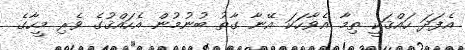
އެފަދަ ހައްޤަކީ ތިމާ އެވާހަކަ އޭނާ ގާތު ބުނުމުން އެހައްޤުގެ ވެރި މީހާގެ